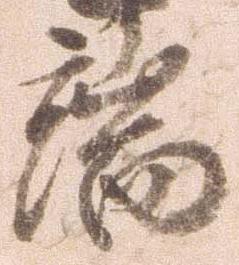
端